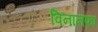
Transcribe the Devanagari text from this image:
विनानफा